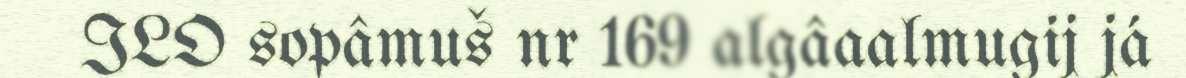
ILO sopâmuš nr 169 algâaalmugij já